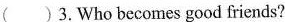
( )3.Who becomes good friends?